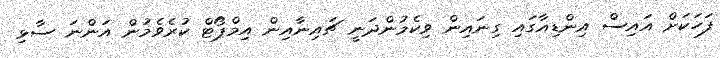
ފަހަކަށް އައިސް އިންޑިއާގައި ގިނައިން ވިކެމުންދަނީ ޗައިނާއިން އިމްޕޯޓް ކުރެވެމުން އަންނަ ސާޅި